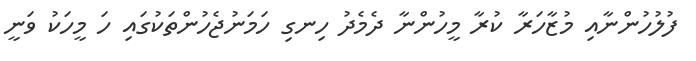
ފުލުހުންނާއި މުޒާހަރާ ކުރާ މީހުންނާ ދެމެދު ހިނގި ހަމަނުޖެހުންތަކުގައި ހަ މީހަކު ވަނީ